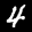
Label: 4